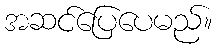
အဆင်ပြေပေမည်။